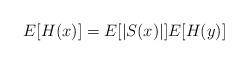
LaTeX: \begin{align*}E[H(x)]=E[|S(x)|]E[H(y)]\end{align*}